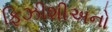
ફિઝીશીઅનો